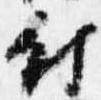
付